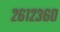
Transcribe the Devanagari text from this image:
२६१२३६०